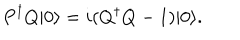
P ^ { \dagger } Q | 0 \rangle = i ( Q ^ { \dagger } Q - 1 ) | 0 \rangle .